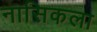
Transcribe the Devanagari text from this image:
नासिकला